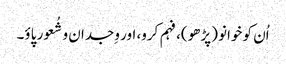
اُن کو خوانو (پڑھو)، فہم کرو، اور وِجدان و شُعور پاؤ۔